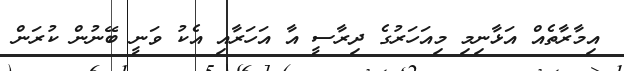
އިމާރާތެއް އަޅާނިމި މިއަހަރުގެ ދިރާސީ އާ އަހަރާއި އެކު ވަނީ ބޭނުން ކުރަން